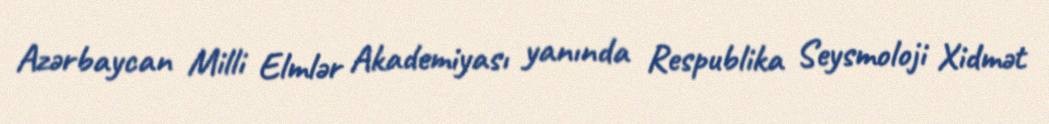
Azərbaycan Milli Elmlər Akademiyası yanında Respublika Seysmoloji Xidmət